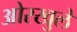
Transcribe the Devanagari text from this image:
ओरखुले